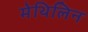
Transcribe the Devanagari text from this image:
मेथिलिन